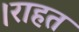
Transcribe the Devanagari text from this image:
।राहत